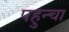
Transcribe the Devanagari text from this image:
पहुन्चा